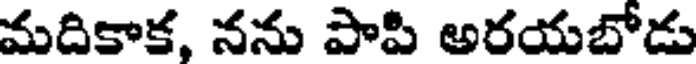
మదికాక, నను పాపి అరయబోడు